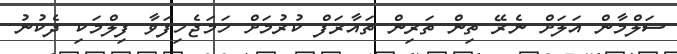
ސަލްމާން އަލަށް ނެރޭ ތިން ތަރިން ތައާރަފް ކުރުމަށް ހަމަޖެހިފަވާ ފިލްމަކި ދެކުނު